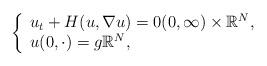
LaTeX: \begin{align*}\left\{ \begin{array}{l}u_{t}+H(u,\nabla u)=0(0,\infty )\times \Bbb{R}^{N}, \\ u(0,\cdot )=g\Bbb{R}^{N},\end{array}\right. \end{align*}